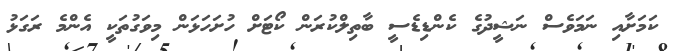
ކަމަށާއި ނަމަވެސް ނަޝީދުގެ ކެންޑިޑެސީ ބާތިލްކުރަން ކޯޓަށް ހުށަހަޅަން މިވަގުތަކީ އެންމެ ރަގަޅު